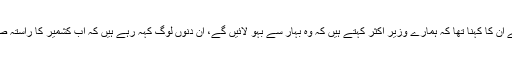
فتح باد میں ’بیٹی بچاو مہم‘ سے خطاب کرتے ہوئے ان کا کہنا تھا کہ ہمارے وزیر اکثر کہتے ہیں کہ وہ بہار سے بہو لائیں گے، ان دنوں لوگ کہہ رہے ہیں کہ اب کشمیر کا راستہ صاف ہوگیا ہے، اب ہم لوگ وہاں سے بہو لائیں گے۔